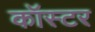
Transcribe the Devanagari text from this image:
कॉस्टर